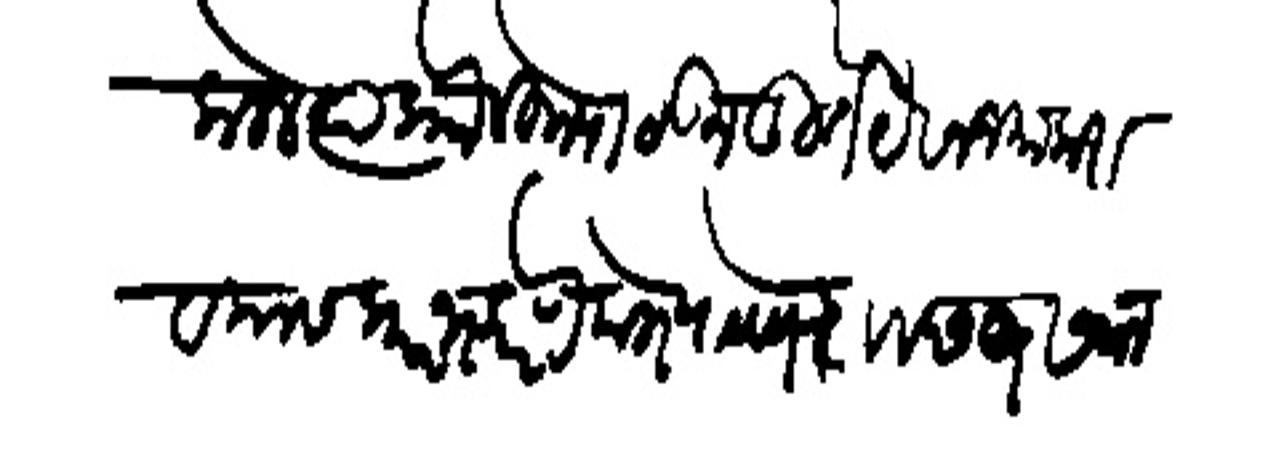
Transliteration (Devanagari): कलेल त्याप्रो लेहन पाठऊम तूतं यंवज जमा करावयास प्रारंभ करणे पत्रे पाठवणे रा छ १ सवाल